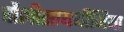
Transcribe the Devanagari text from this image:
पौलीसायथीमिया